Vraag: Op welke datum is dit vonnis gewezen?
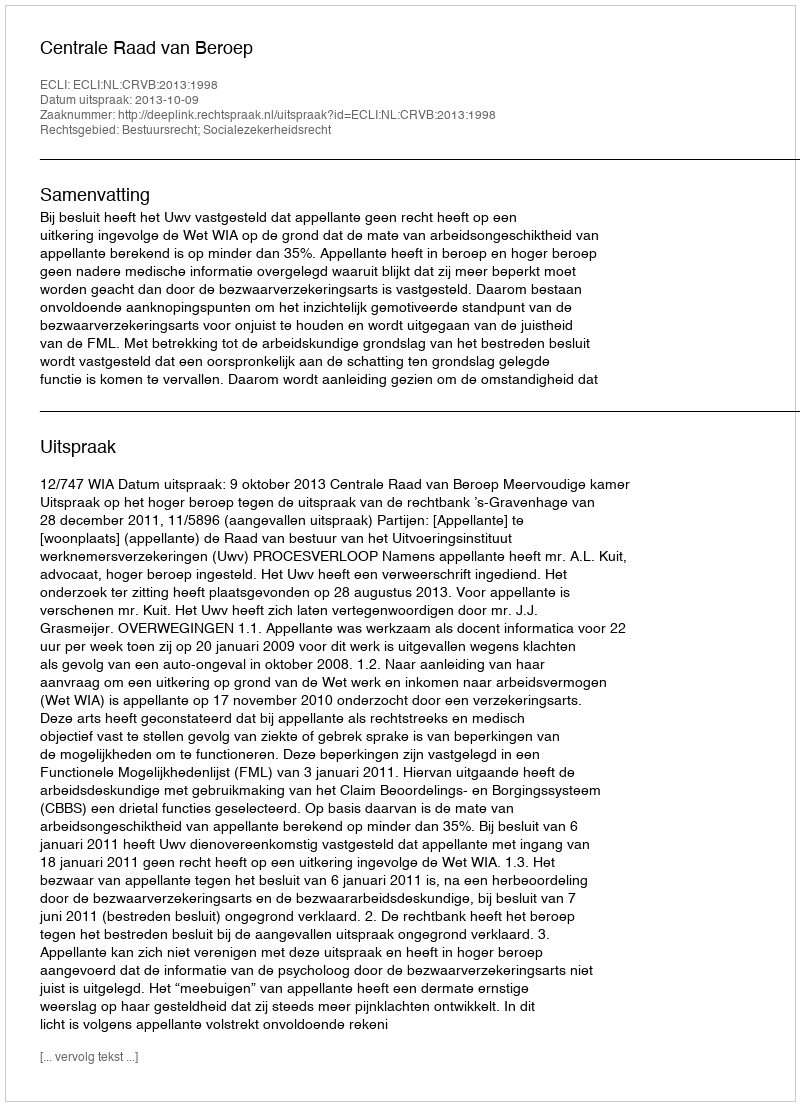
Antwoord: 2013-10-09